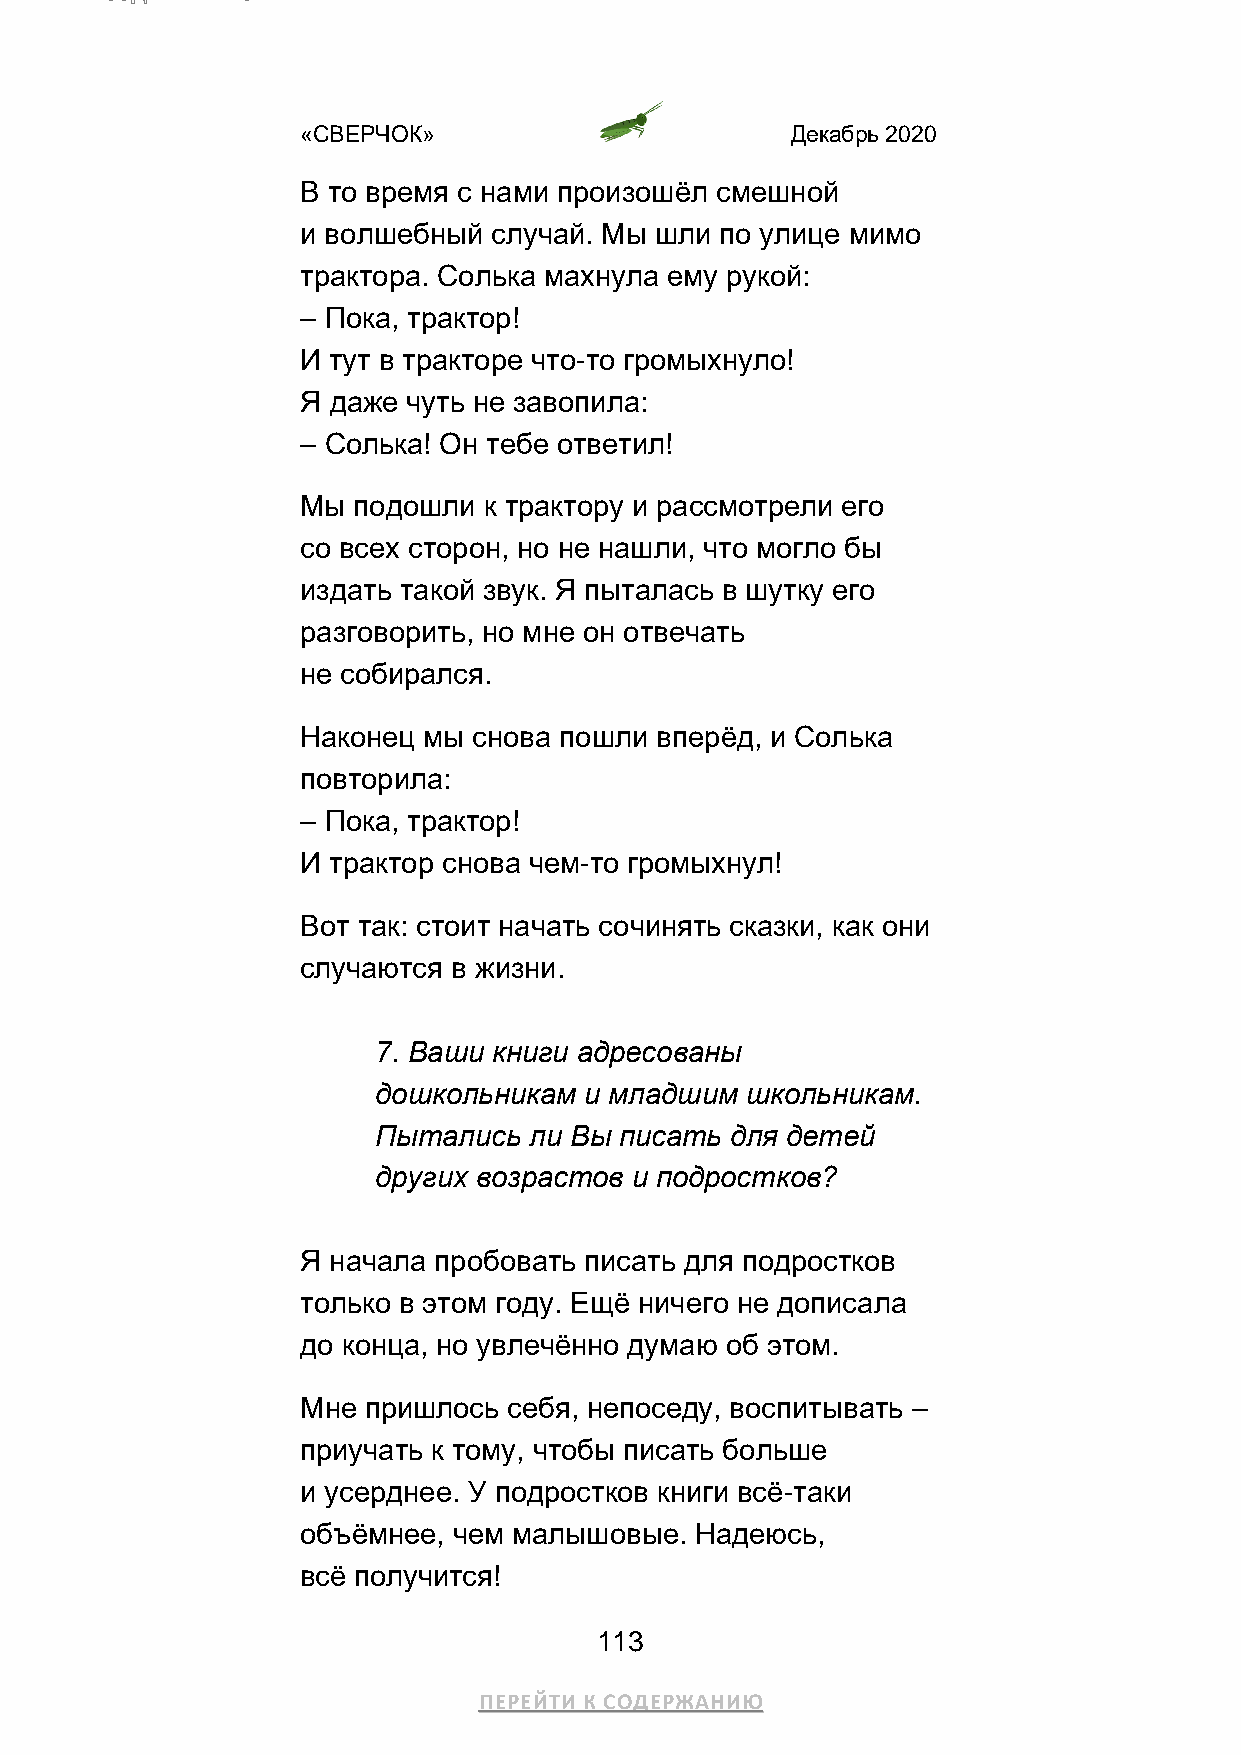
«СВЕРЧОК»                       Декабрь 2020
 В то время с нами произошёл смешной
 и волшебный  случай. Мы шли по улице мимо
 трактора. Солька махнула ему рукой:
 – Пока, трактор!
 И тут в тракторе что-то громыхнуло!
 Я даже чуть не завопила:
 – Солька! Он тебе ответил!
 Мы подошли  к трактору и рассмотрели его
 со всех сторон, но не нашли, что могло бы
 издать такой звук. Я пыталась в шутку его
 разговорить, но мне он отвечать
 не собирался.
 Наконец мы снова пошли вперёд, и Солька
 повторила:
 – Пока, трактор!
 И трактор снова чем-то громыхнул!
 Вот так: стоит начать сочинять сказки, как они
 случаются в жизни.
 7. Ваши книги адресованы
 дошкольникам  и младшим школьникам.
 Пытались  ли Вы писать для детей
 других возрастов и подростков?
 Я начала пробовать писать для подростков
 только в этом году. Ещё ничего не дописала
 до конца, но увлечённо думаю об этом.
 Мне пришлось  себя, непоседу, воспитывать –
 приучать к тому, чтобы писать больше
 и усерднее. У подростков книги всё-таки
 объёмнее, чем малышовые.  Надеюсь,
 всё получится!
 113
 ПЕРЕЙТИ К СОДЕРЖАНИЮ